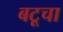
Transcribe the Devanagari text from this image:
बटूचा